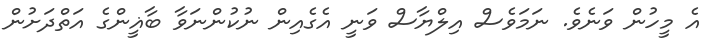
އެ މީހުން ވަނެވެ. ނަމަވެސް އިލްޔާސް ވަނީ އެގެއިން ނުކުންނަވާ ބާޣީންގެ އަތްދަށުން